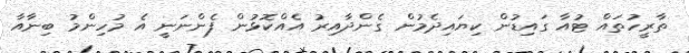
ތާރީހުތައް ޓުއާ ގައިޑުން ކިޔައިދެމުން ގެންދާއިރު އެއްކޮޅުން ފެންނަނީ އެ މުހިންމު ބިނާއާ